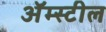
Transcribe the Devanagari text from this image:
अॅम्स्टील